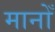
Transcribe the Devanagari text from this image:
मानोँ